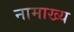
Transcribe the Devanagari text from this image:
नामाख्य